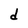
Character: d